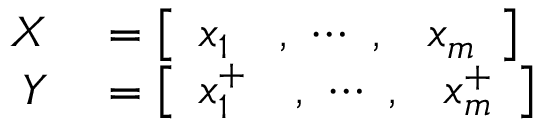
\begin{array} { r l } { X } & { { } = \left[ \begin{array} { l l l } { x _ { 1 } } & { , ~ \cdots ~ , } & { x _ { m } } \end{array} \right] } \\ { Y } & { { } = \left[ \begin{array} { l l l } { x _ { 1 } ^ { + } } & { , ~ \cdots ~ , } & { x _ { m } ^ { + } } \end{array} \right] } \end{array}